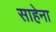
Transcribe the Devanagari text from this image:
साहेना